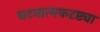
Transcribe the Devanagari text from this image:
घटनात्मकदृष्ट्या